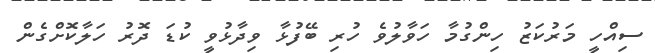
ސިއްހީ މަރުކަޒު ހިންގުމާ ހަވާލުވެ ހުރި ބޭފުޅާ ވިދާޅުވީ ކުޑަ ދޮރު ހަލާކޮށްގެން